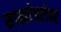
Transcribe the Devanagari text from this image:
साखरेबरोबर